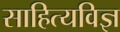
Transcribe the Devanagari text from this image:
साहित्यविज्ञ